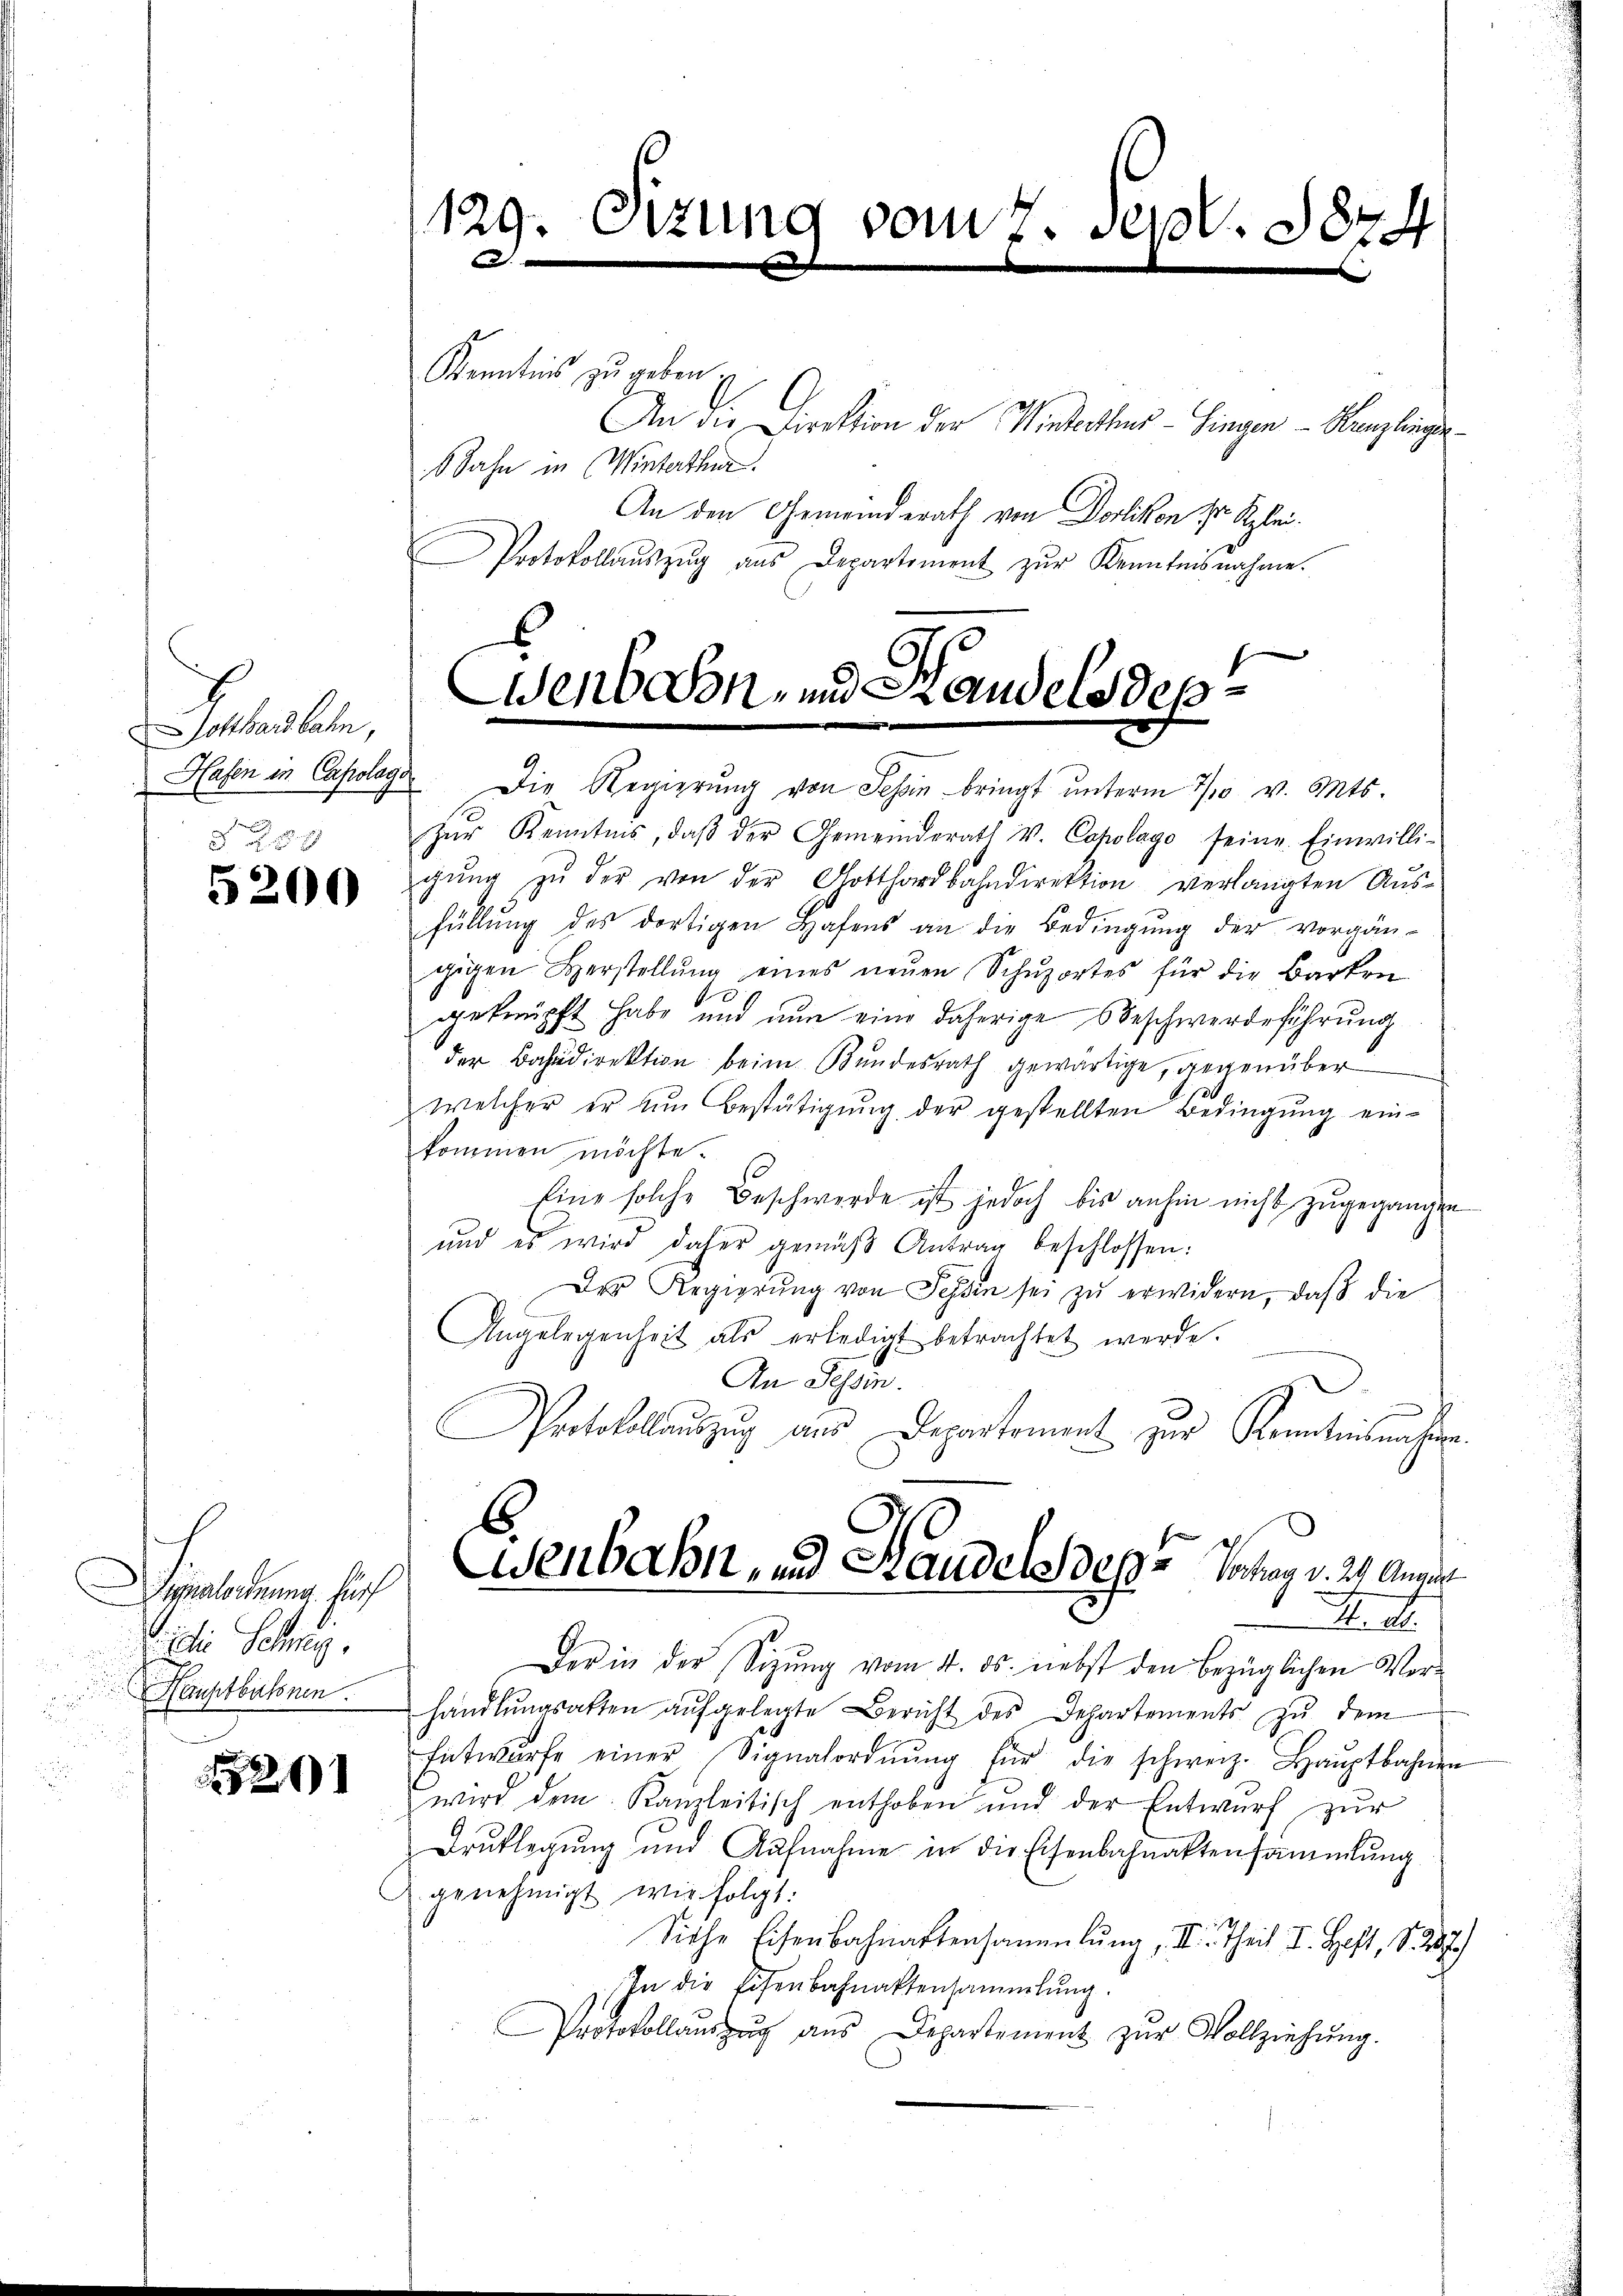
Gotthardbahn,
Hafen in Capolage
d . .

5200

ealordnung fürf
 die Schwyz,
Hauptbahnen
d
2.

291

129. Sizung vom 7. Sept. 1874
Kenntnis zu geben
An die Direktion der Winterthur–Singen - Herzlingen
8 Jahn in Winterthur.

An den Gemeinderath von Dorlikon Sr. Klei¬
Protokollaŭszŭg aŭs Departement zŭr Kenntnisnahme.

enbeson- und Standels des

Die Regierŭng von Schon bringt ŭnterm 7/10. v. Mts.
Zŭr Kenntnis, daβ der Gemeinderath V. Copolago seine Einwilli-
gŭng zŭ der von der Gotthardbahndirektion verlangten Aŭs-
füllung des dortigen Hafens an die Bedingung der vorgän-
gigen Herstellŭng eines neŭen Schŭzortes für die Barton
geknüpft habe und nun eine daherige Beschwerdeführung
der Bahndirektion beim Bundesrath gewärtige, gegenüber
welcher er um Bestätigung der gestellten Bedingung ein-
kommen möchte.
Eine solche Beschwerde ist jedoch bis anhin nicht zugegangen
und es wird daher gemäβ Antrag beschlossen:
Der Regierung von Tessin sei zu erwidern, daß die
Angelegenheit als erledigt betrachtet werde.
An Schein.
u
Protokollauszug aus Departement zur Kenntnisnahmen.
.
Wenbahn, und Landels des Schag v. 24. August
. d.
Der in der Sitzŭng vom 4. ds. nebst den bezüglichen Ver-
handlŭngsakten aŭfgelegte Bericht des Departements zŭ dem
Entwurfe einer Signatordnŭng für die schweiz. Haŭptbahnen
wird dem Kanzleitisch enthoben und der Entwurf zŭr
Drŭklegung und Aufnahme in die Eisenbahnaktensammlung
genehmigt wir folgt:
Siche Eisenbahnaktersammlung III. Theil II. Heft, S. 287
In die Eisenbahnaktensammlung.
rotokollauszug aus Departement zŭr Vollziehung.